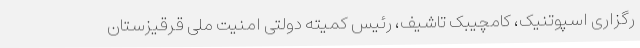
رگزاری اسپوتنیک، کامچیبک تاشیف، رئیس کمیته دولتی امنیت ملی قرقیزستان